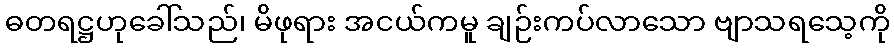
ဓတရဋ္ဌဟုခေါ်သည်၊ မိဖုရား အငယ်ကမူ ချဉ်းကပ်လာသော ဗျာသရသေ့ကို